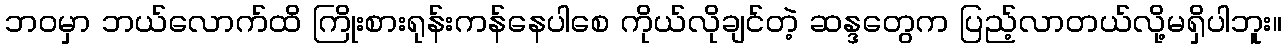
ဘဝမှာ ဘယ်လောက်ထိ ကြိုးစားရုန်းကန်နေပါစေ ကိုယ်လိုချင်တဲ့ ဆန္ဒတွေက ပြည့်လာတယ်လို့မရှိပါဘူး။